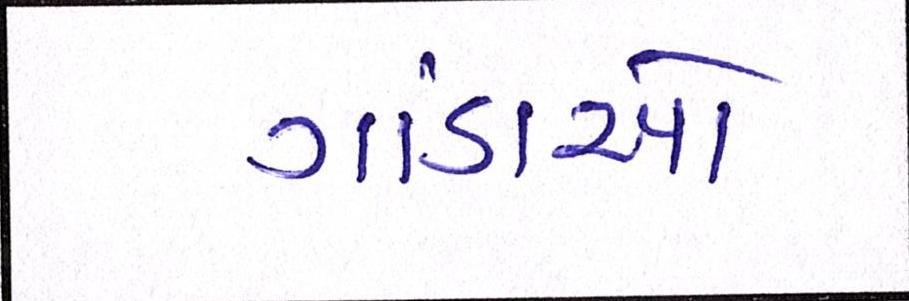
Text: ગાંડાઓ